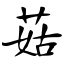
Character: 菇